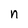
Character: n